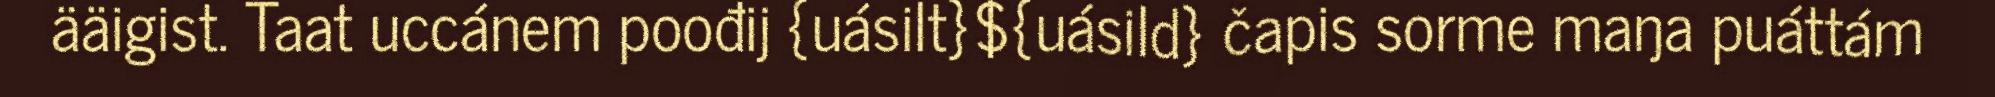
ääigist. Taat uccánem poođij {uásilt}${uásild} čapis sorme maŋa puáttám